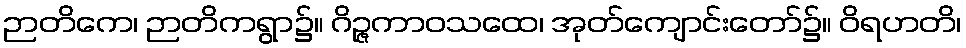
ဉာတိကေ၊ ဉာတိကရွာ၌။ ဂိဉ္ဇကာဝသထေ၊ အုတ်ကျောင်းတော်၌။ ဝိရဟတိ၊